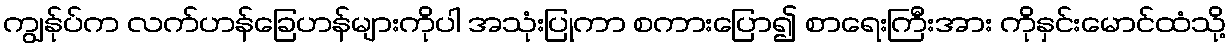
ကျွန်ုပ်က လက်ဟန်ခြေဟန်များကိုပါ အသုံးပြုကာ စကားပြော၍ စာရေးကြီးအား ကိုနှင်းမောင်ထံသို့